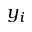
y _ { i }